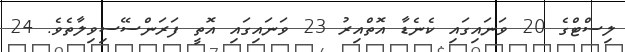
ލިސްޓްގެ 20 ވަނައިގައި ކެނެޑާ އޮތްއިރު 23 ވަނައިގައި އޮތީ ފަރަންސޭސިވިލާތެވެ. 24